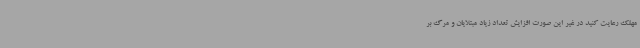
مهلک رعایت کنید در غیر این صورت افزایش تعداد زیاد مبتلایان و مرگ بر